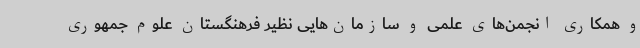
و همکاری انجمن‌های علمی و سازمان‌هایی نظیر فرهنگستان علوم جمهوری